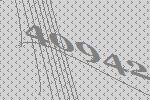
40942